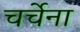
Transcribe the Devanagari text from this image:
चर्चेना